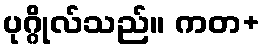
ပုဂ္ဂိုလ်သည်။ ကတ+